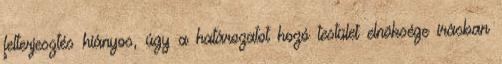
felterjesztés hiányos, úgy a határozatot hozó testület elnöksége írásban